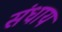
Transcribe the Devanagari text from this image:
संधाय